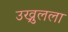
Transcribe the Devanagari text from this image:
उख्रुलला